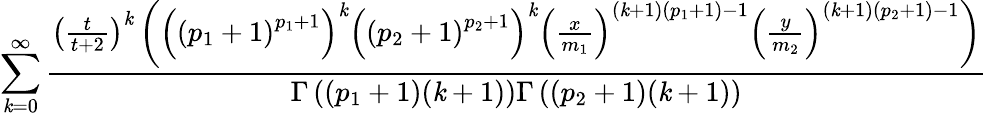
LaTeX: \sum_{\mathit{k}=0}^{\infty}\frac{{\left(\frac{{t}}{{t+2}}\right)^{\mathit{k}}\left(\left(\left(p_{1}+1\right)^{p_{1}+1}\right)^{\mathit{k}}\left(\left(p_{2}+1\right)^{p_{2}+1}\right)^{\mathit{k}}\left(\frac{{x}}{{m_{1}}}\right)^{(\mathit{k}+1)\left(p_{1}+1\right)-1}\left(\frac{{y}}{{m_{2}}}\right)^{(\mathit{k}+1)\left(p_{2}+1\right)-1}\right)}}{{\Gamma\left(\left(p_{1}+1\right)(\mathit{k}+1)\right)\Gamma\left(\left(p_{2}+1\right)(\mathit{k}+1)\right)}}